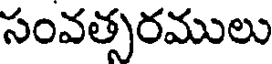
సంవత్సరములు